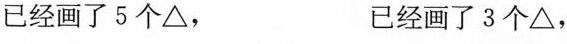
已经画了5个\bigtriangleup, 已经画了3个\bigtriangleup,